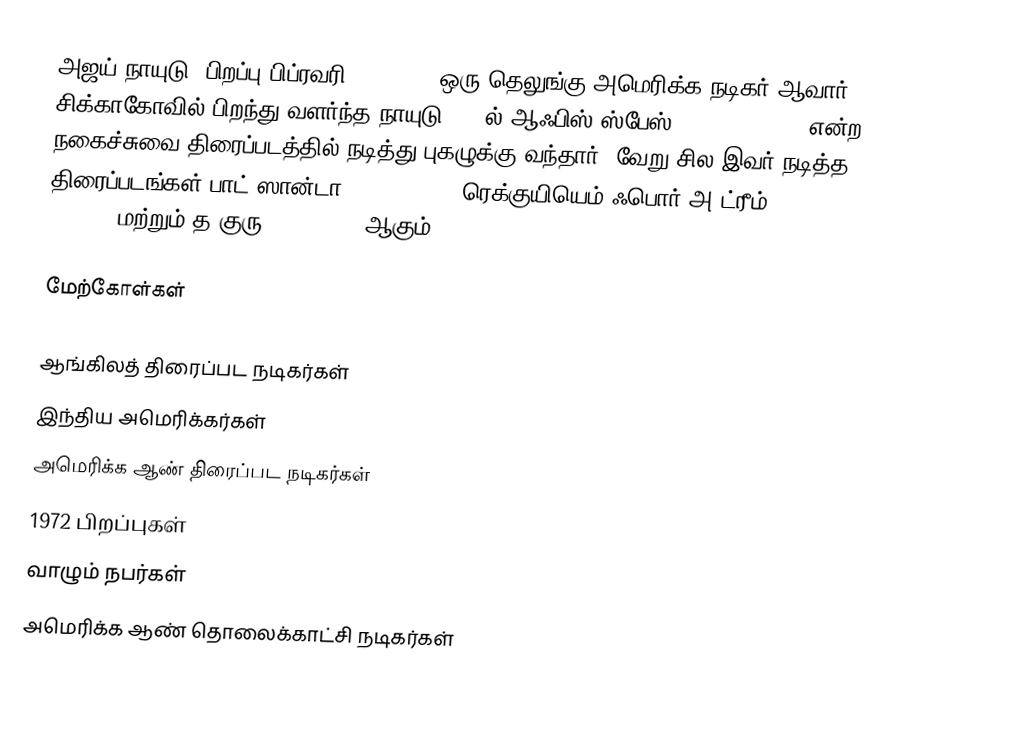
அஜய் நாயுடு (பிறப்பு பிப்ரவரி 12, 1972) ஒரு தெலுங்கு-அமெரிக்க நடிகர் ஆவார். சிக்காகோவில் பிறந்து வளர்ந்த நாயுடு 1999ல் ஆஃபிஸ் ஸ்பேஸ் (Office Space) என்ற நகைச்சுவை திரைப்படத்தில் நடித்து புகழுக்கு வந்தார். வேறு சில இவர் நடித்த திரைப்படங்கள் பாட் ஸான்டா (Bad Santa), ரெக்குயியெம் ஃபொர் அ ட்ரீம் (Requiem For A Dream), மற்றும் த குரு (The Guru) ஆகும்.

மேற்கோள்கள்

ஆங்கிலத் திரைப்பட நடிகர்கள்
இந்திய அமெரிக்கர்கள்
அமெரிக்க ஆண் திரைப்பட நடிகர்கள்
1972 பிறப்புகள்
வாழும் நபர்கள்
அமெரிக்க ஆண் தொலைக்காட்சி நடிகர்கள்